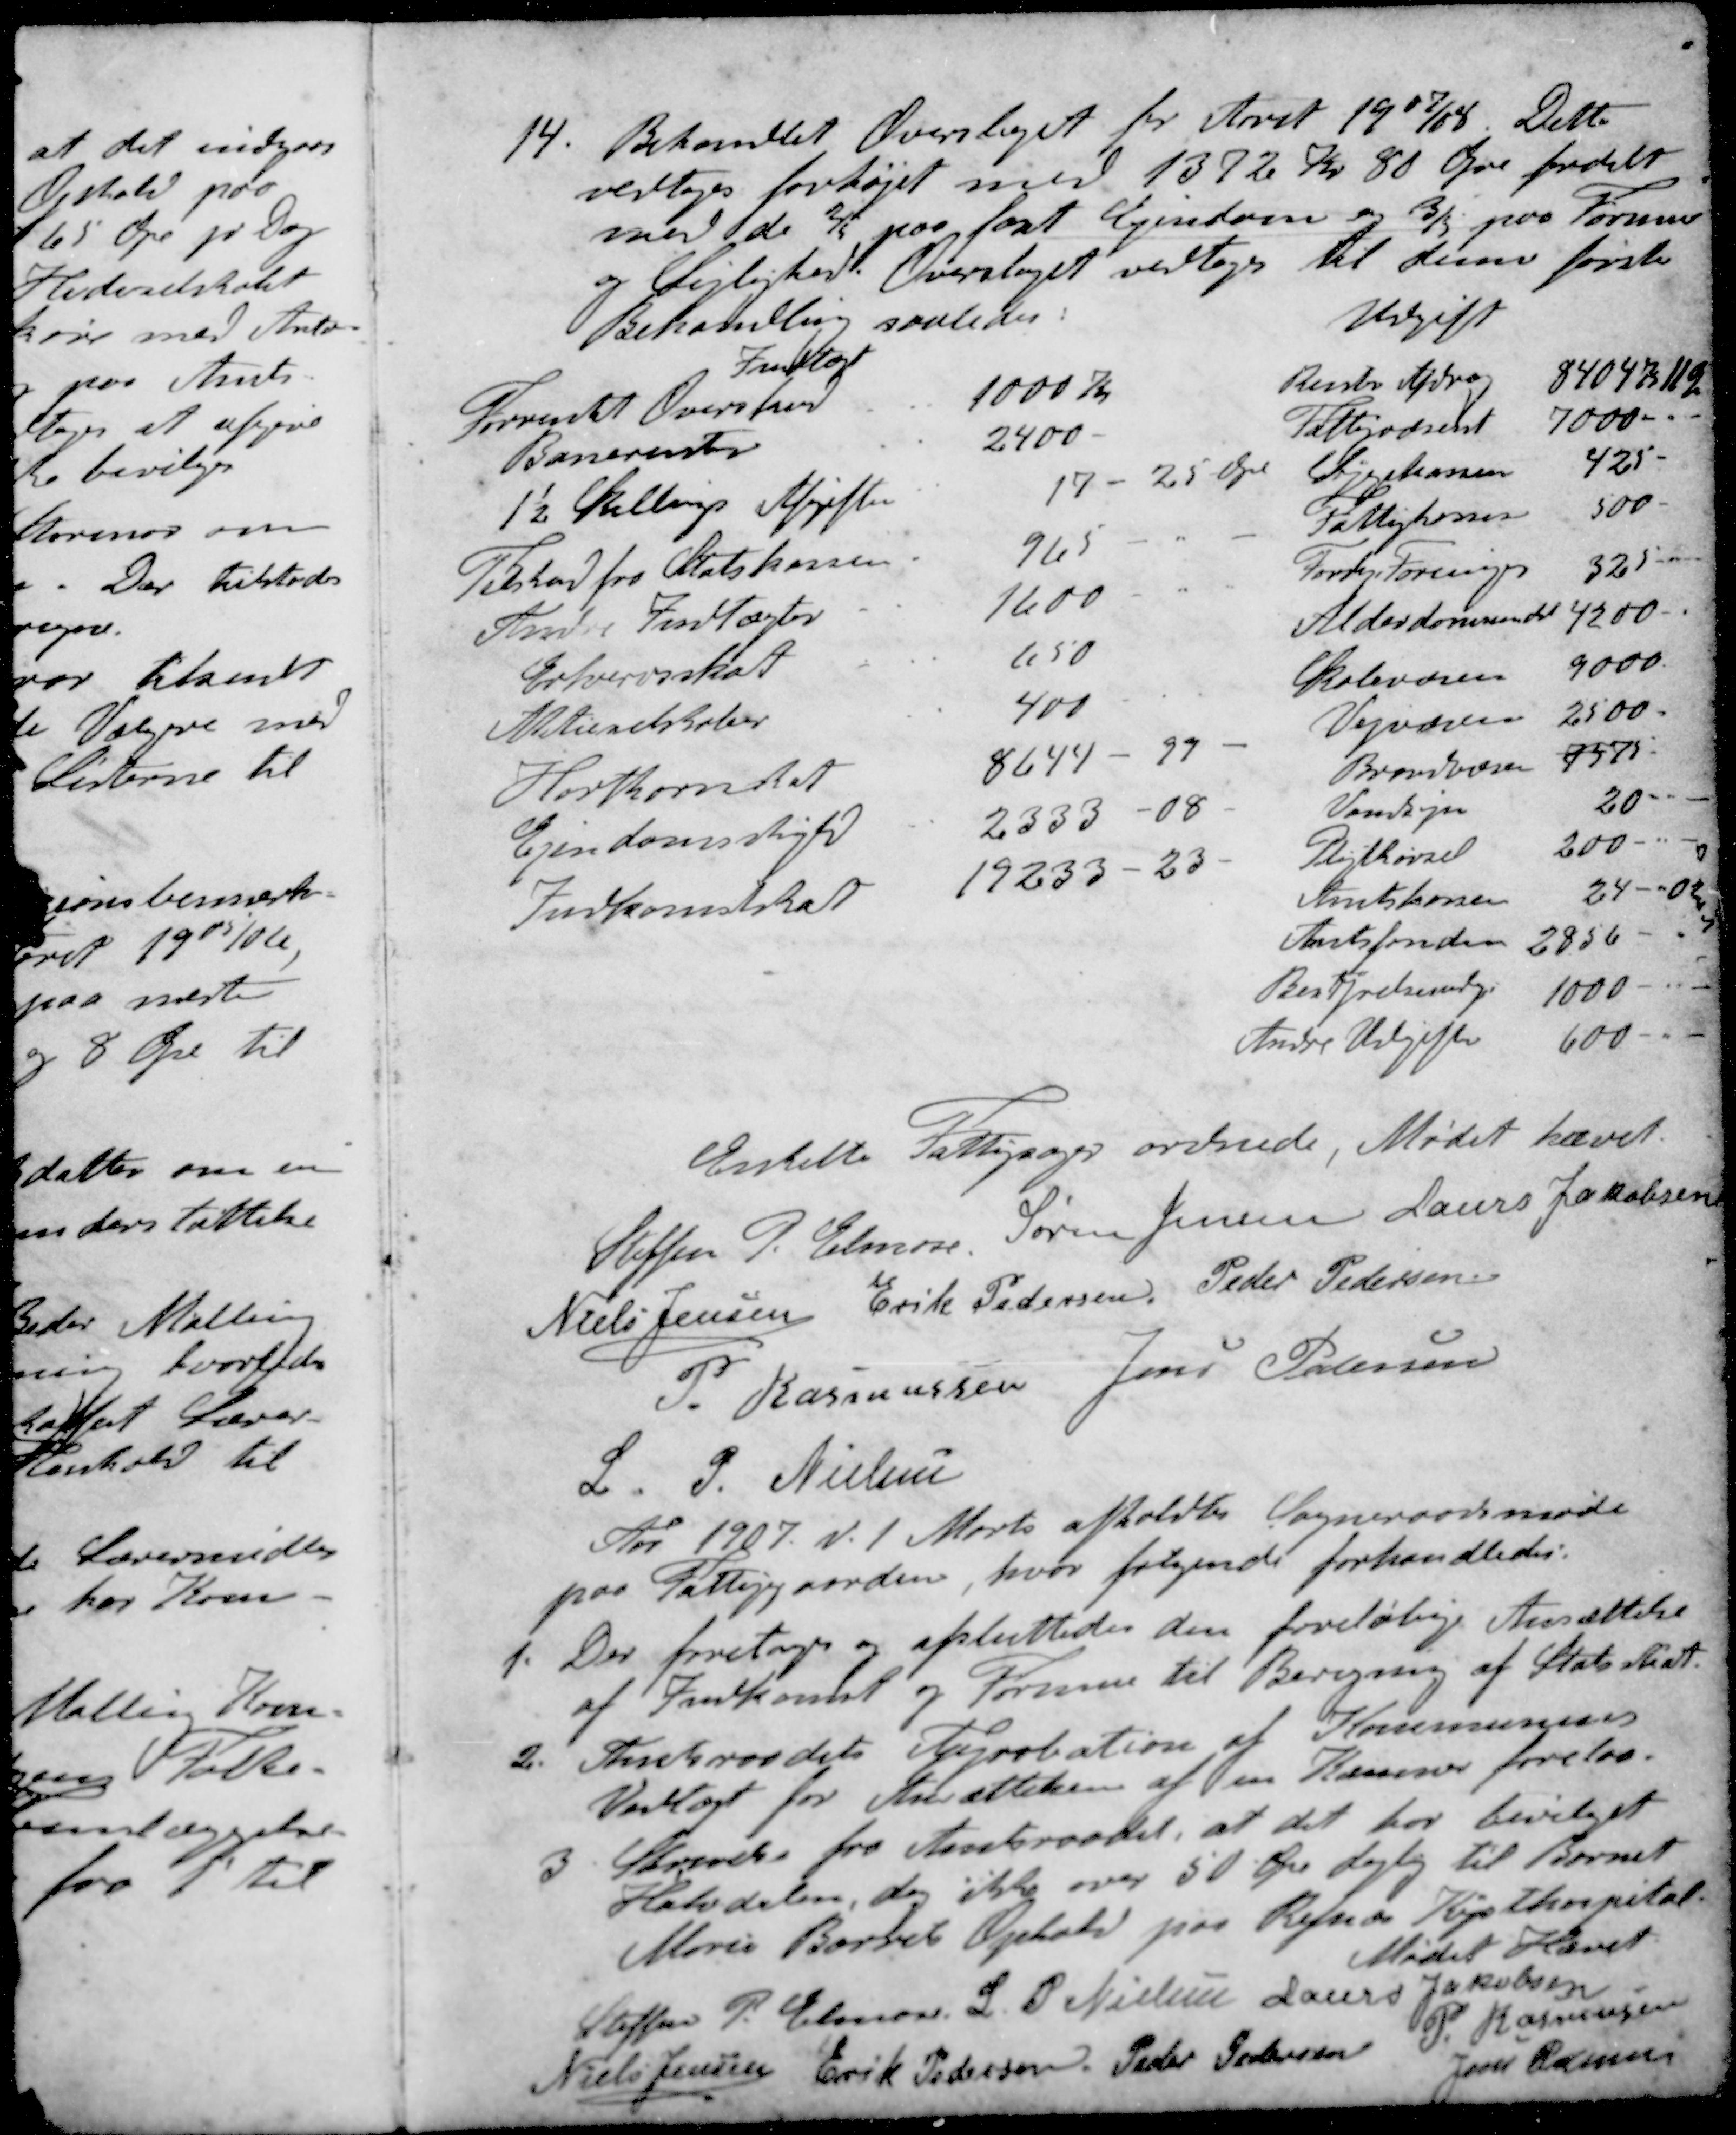
Transskription:
14. Behandlet Overslaget for Aaret 1907/08. Dette
vedtoges forhøjet med 1372 Kr 80 Øre fordelt
med de 2/5 paa fast Ejendom og 3/5 paa Formue
og Lejlighed. Overslaget vedtoges til denne første
Behandling saaledes:
Indtægt
Forventet Overskud 1000 Kr
Banerenter 2400 -
1½ Skillings Afgifter 17 - 25 Øre
Tilskud fra Statskassen 965
Andre Indtægter 1600
Erhvervsskat 650
Atieselskaber 400
Hartkornet 8644 - 97
Ejendomsskyld 2333 - 08
Indkomstskas 19233 - 23
Udgift
Renter Afdrag 8404 kr 11 Øre.
Fattigvæsnet 7000 -
Sygekassen 425-
Fattigkassen 500 -
Forsk Foreninger 325 -
Alderdomsundst 4200 -
Skolevæsen 9000
Vejvæsen 2500
Brandvæsen 7575.
Vandsyn 20 -
Pligtkørsel 200 -
Amtskassen 24 - 02
Amtsfonden 2856 - 4
Bestyrelsesudgi 1000 - 
Andre Udgifter 600 -
Enkelte Fattigsager ordnede. Mødet hævet.
Steffen P Elmose
Søren Jensen
Laurs Jakobsen
Niels Jensen
Erik Pedersen
Peder Pedersen
P. Rasmussen
Jens Petersen
L. P Nielsen
Aar 1927 d. 1 Marts afholdtes Sogneraadsmøde
paa Fattiggaarden, hvor følgende forhandledes.
1. Der foretoges og afsluttedes den foreløbige Ansættelse
af Indkomst og Formue til Beregning af Statsskat.
2. Amtsraadets Approbation af Kommunens
Vedtægt for Ansættelsen af en Kæmner forelaa.
3 Skrivelse fra Amtsraadet, at det har bevilget
Halvdelen, dog ikke over 50 Øre Lejlig til Barnet
Marie Borsets Ophold paa Refsnæs Kysthospital
Mødet hævet
Steffen P. Elmose
L. P. Nielsen
Laurs Jakobsen
P Rasmussen
Niels Jensen
Erik Pedersen
Peder Pedersen
Jens Pedersen